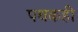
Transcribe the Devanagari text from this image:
पथकही